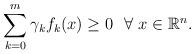
LaTeX: \begin{align*} \sum_{k=0}^{m} \gamma_{k}f_{k}(x)\ge 0\ \ \forall\ x\in\mathbb{R}^{n}.\end{align*}